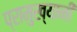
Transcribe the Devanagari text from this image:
प्रामुख्यानी